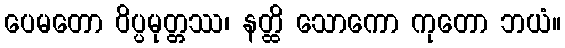
ပေမတော ဝိပ္ပမုတ္တဿ၊ နတ္ထိ သောကော ကုတော ဘယံ။